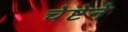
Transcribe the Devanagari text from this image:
चेष्टेने